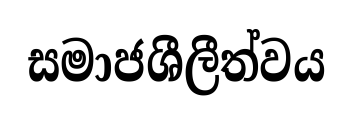
සමාජශීලීත්වය